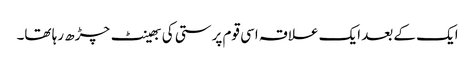
ایک کے بعد ایک علاقہ اسی قوم پرستی کی بھینٹ چڑھ رہا تھا۔